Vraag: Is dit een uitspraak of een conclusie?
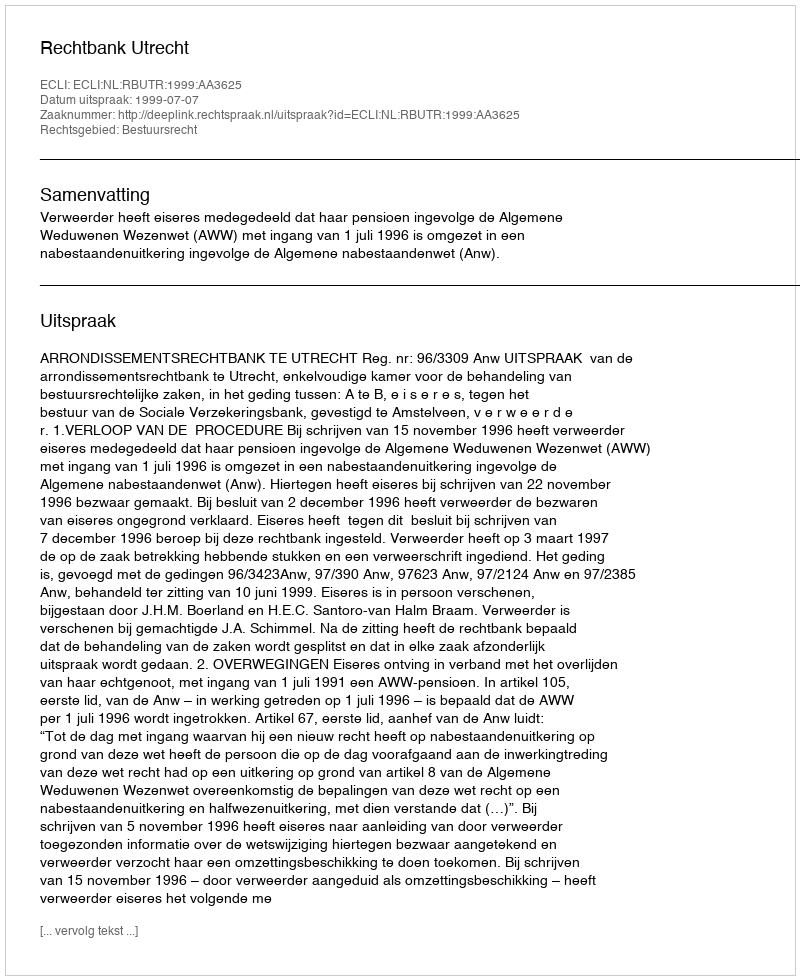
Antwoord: Uitspraak